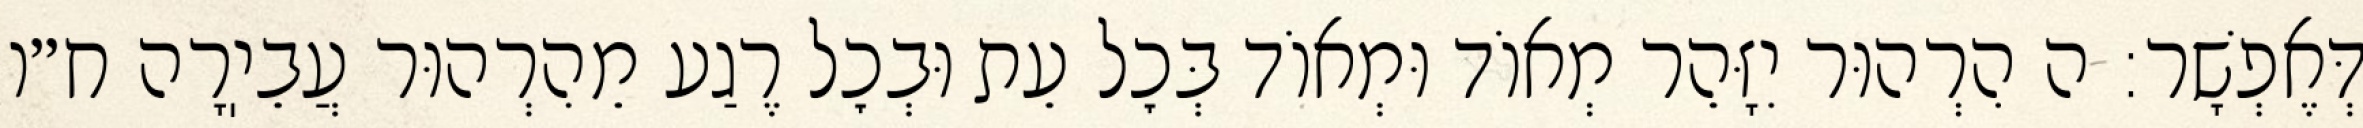
דְּאֶפְשָׁר: ה הִרְהוּר יִזָּהֵר מְאוֹד וּמְאוֹד בְּכׇל עֵת וּבְכׇל רֶגַע מֵהִרְהוּר עֲבֵיֽרָה ח״ו